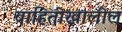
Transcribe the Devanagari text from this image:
वाहितीखालील